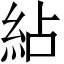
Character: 𥿕